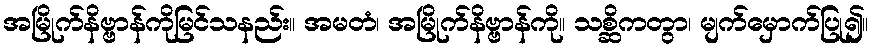
အမြိုက်နိဗ္ဗာန်ကိုမြင်သနည်း။ အမတံ၊ အမြိုက်နိဗ္ဗာန်ကို။ သစ္ဆိကတွာ၊ မျက်မှောက်ပြု၍။